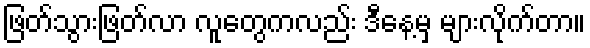
ဖြတ်သွားဖြတ်လာ လူတွေကလည်း ဒီနေ့မှ များလိုက်တာ။